system: You are a helpful assistant.
user:
Analyze the provided spectrum to determine if it is a **Carbon Star (C-type)**.

- **Key Visual Indicators of Carbon Star:**
    - **(Primary):** Strong molecular absorption from **C₂ (diatomic carbon) "Swan Bands."** This is the **defining feature** of a carbon star.
        - **(Key Bandheads):** Sharp absorption edges are visible at approximately $5635$ Å, $5165$ Å (the strongest band), and $4737$ Å.
        - **(Line Profile):** Creates a distinct **"saw-tooth"** pattern. The key morphology is a sharp, steep bandhead on the **red (long-wavelength) side**, which then gradually tapers off (i.e., flux recovers) towards the **blue (short-wavelength) side**. *(This is the direct opposite of the TiO bands seen in M-type stars)*.

    - **(Secondary):** Intense **CN (cyanogen)** molecular absorption bands.
        - **(Key Bandheads):** Located in the blue and violet regions of the spectrum (e.g., near $4215$ Å and $3883$ Å).
        - **(Morphology):** These bands are extremely broad and act as a "blanket," absorbing the vast majority of blue and violet light. This creates a characteristic **"cliff"** or **"steep drop-off"** in the spectrum's flux at short wavelengths.

    - **(Key Confirmation):** Strong **CH absorption band (G-band)**.
        - **(Key Bandhead):** Located around $4300$ Å. The contribution from CH molecules to this band is exceptionally strong.

    - **(Overall Spectrum):**
        - The continuum is severely "chopped up" by these deep molecular bands, especially C₂, rather than appearing as a smooth curve.
        - Due to the heavy CN and C₂ absorption in the blue-green, the vast majority of the star's flux is concentrated in the red part of the spectrum, giving the star its characteristic deep red color.

Think first, call **spectral_visualization_tool** if needed to examine features in detail, then provide your final answer. Your response must adhere to the following strict rules:
1.  **Overall Structure:** Your response must follow the format `<think>...</think> <tool_call>...</tool_call> (if a tool is used) <answer>...</answer>`.
2.  **Tool Usage Constraint:** You may only make **one** tool call per turn.
3.  **Final Answer Format:** In the `<answer>` tag, your conclusion must be inside a `\boxed{}` command (e.g., `\boxed{YES}`), followed by your justification.

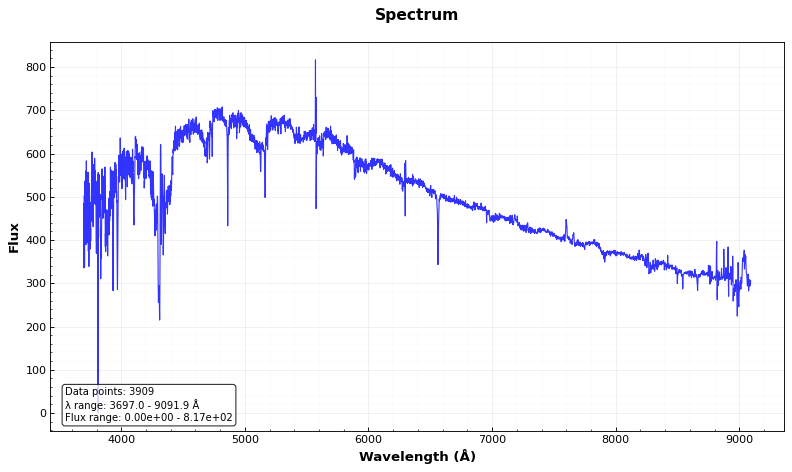
Answer: YES